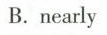
B.nearly